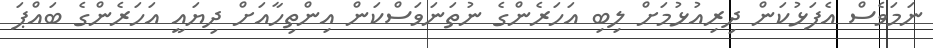
ނަމަވެސް އެފަޅުކަން ދިރިއުޅުމަށް ލިބި އަހަރެންގެ ނުތަނަވަސްކަން އިންތިހާއަށް ދިޔައީ އަހަރެންގެ ބައްޕަ